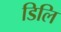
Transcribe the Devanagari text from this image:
डिलि